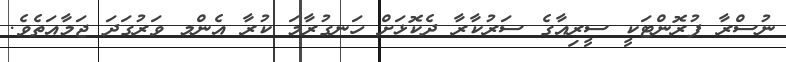
ނުސްރާ ފުރޮންޓަކީ ސީރިއާގެ ސަރުކާރާ ދެކޮޅަށް ހަނގުރާމަ ކުރާ އެންމ ވަރުގަދަ ޖަމާއަތެވެ.